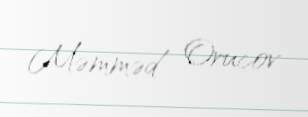
Məmməd Orucov